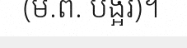
(ម.ព. បង្អរ)។